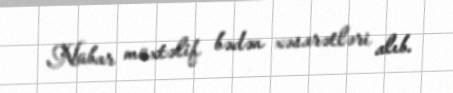
Nübar müxtəlif bədən xəsarətləri alıb.